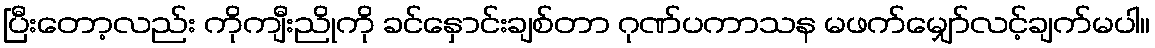
ပြီးတော့လည်း ကိုကျီးညိုကို ခင်နှောင်းချစ်တာ ဂုဏ်ပကာသန မဖက်မျှော်လင့်ချက်မပါ။